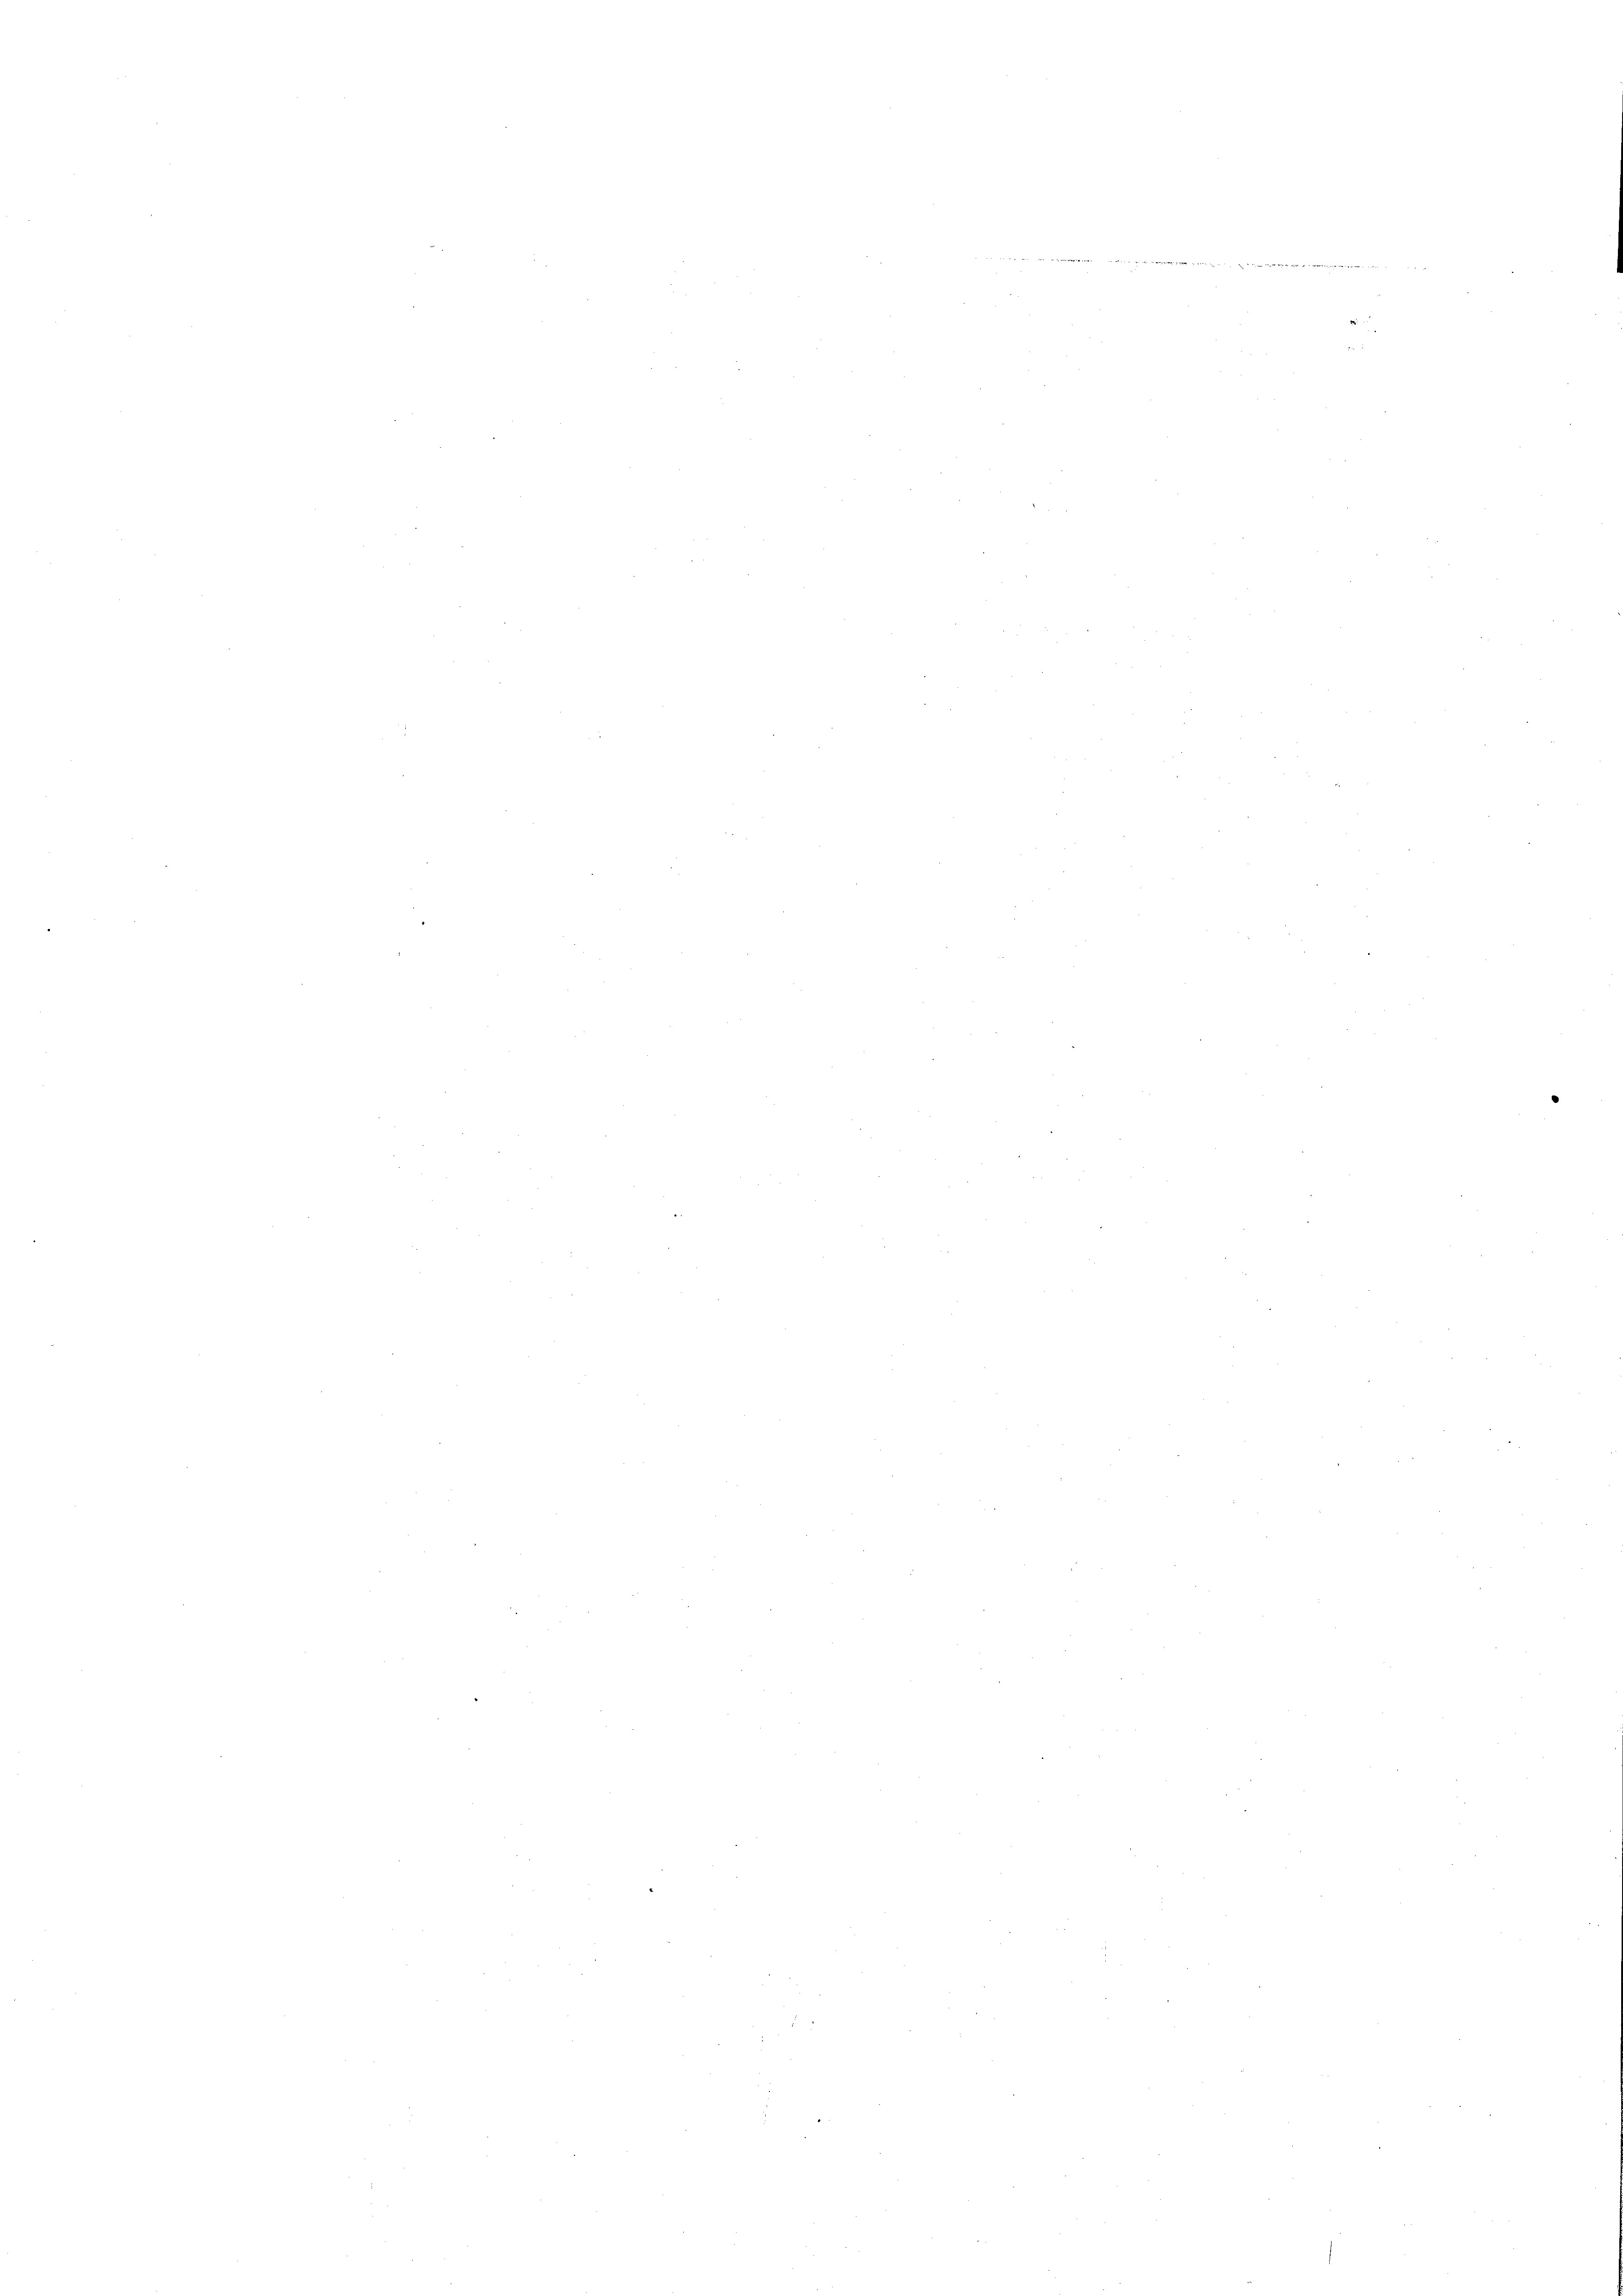
2

2
u

s

u

¬